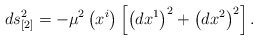
\begin{align*}ds_{[2]}^{2}=-\mu ^{2}\left( x^{i}\right) \left[ \left( dx^{1}\right)^{2}+\left( dx^{2}\right) ^{2}\right] .\end{align*}